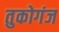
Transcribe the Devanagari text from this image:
तुकोगंज